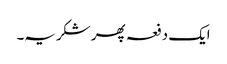
ایک دفعہ پھر شکریہ۔